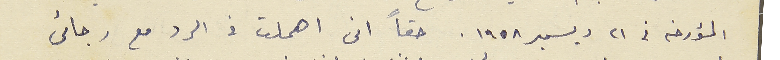
المؤرخه في ٢١ ديسمبر ١٩٥٨. حقاً انى اهملت فى الرد مع رجائى